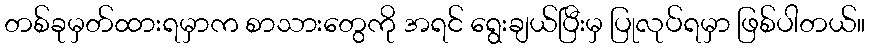
တစ်ခုမှတ်ထားရမှာက စာသားတွေကို အရင် ရွေးချယ်ပြီးမှ ပြုလုပ်ရမှာ ဖြစ်ပါတယ်။